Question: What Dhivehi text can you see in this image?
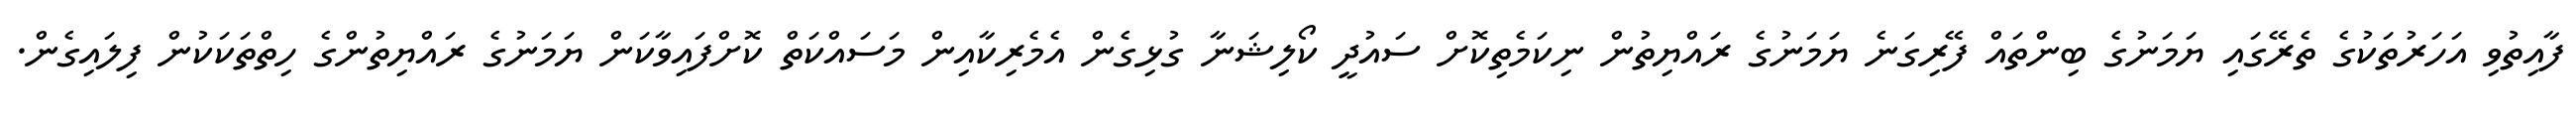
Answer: ފާއިތުވި އަހަރުތަކުގެ ތެރޭގައި ޔަމަނުގެ ބިންތައް ފޭރިގަނެ ޔަމަނުގެ ރައްޔިތުން ނިކަމެތިކޮށް ސައުދީ ކޯލިޝަނާ ގުޅިގެން އެމެރިކާއިން މަސައްކަތް ކޮށްފައިވާކަން ޔަމަނުގެ ރައްޔިތުންގެ ހިތްތަކަކުން ފިލައިގެން.